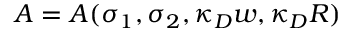
A = A ( \sigma _ { 1 } , \sigma _ { 2 } , \kappa _ { D } w , \kappa _ { D } R )